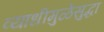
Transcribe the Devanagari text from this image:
व्याधीमुळेसुद्धा